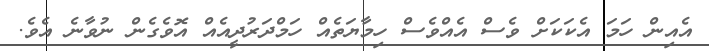
އެއިން ހަމަ އެކަކަށް ވެސް އެއްވެސް ހިމާޔަތެއް ހަމްްދަރުދީއެއް އޮވެގެން ނުވާނެ އެވެ.